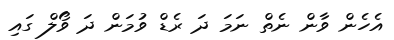
އެހެން ވާން ނެތް ނަމަ ދަ ރެޑް ވުމަން ދަ ވޯލް ގައި